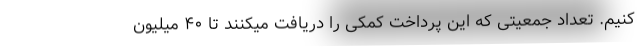
کنیم. تعداد جمعیتی که این پرداخت کمکی را دریافت میکنند تا ۴۰ میلیون